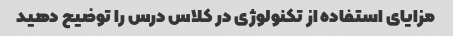
مزایای استفاده از تکنولوژی در کلاس درس را توضیح دهید